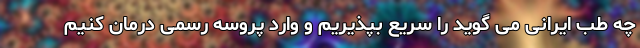
چه طب ایرانی می گوید را سریع بپذیریم و وارد پروسه رسمی درمان کنیم